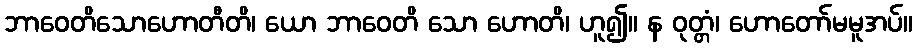
ဘာဝေတိသောဟောတီတိ၊ ယော ဘာဝေတိ သော ဟောတိ၊ ဟူ၍။ န ဝုတ္တံ၊ ဟောတော်မမူအပ်။